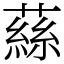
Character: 蕬